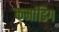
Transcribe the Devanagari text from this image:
कमांडिग